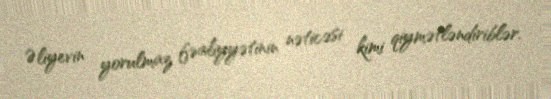
Əliyevin yorulmaz fəaliyyətinin nəticəsi kimi qiymətləndiriblər.